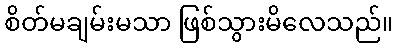
စိတ်မချမ်းမသာ ဖြစ်သွားမိလေသည်။